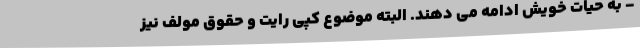
- به حیات خویش ادامه می دهند. البته موضوع کپی رایت و حقوق مولف نیز